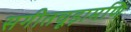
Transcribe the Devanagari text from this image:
सगीतचूड़ामणि